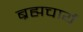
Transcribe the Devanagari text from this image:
ब्रह्मचार्य